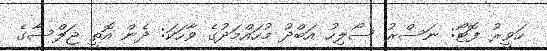
ހަވީރު ފޮޓޯ: ނަސްރު ސޯލިހު އަބްދު މުހައްމަދުގެ ވާހަކަ: ދެން އޮތީ ޖަލްސާގެ